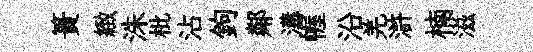
簣緻洙枇沾鉤鄰溝幄沿羌滸楠滋